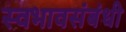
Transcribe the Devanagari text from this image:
स्वभावसंबंधी